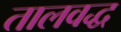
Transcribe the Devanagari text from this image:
तालवद्ध